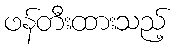
ဖန်တီးထားသည့်